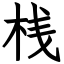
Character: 桟